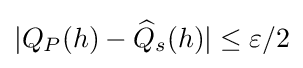
|Q_{P}(h)-{\widehat {Q}}_{s}(h)|\leq \varepsilon /2